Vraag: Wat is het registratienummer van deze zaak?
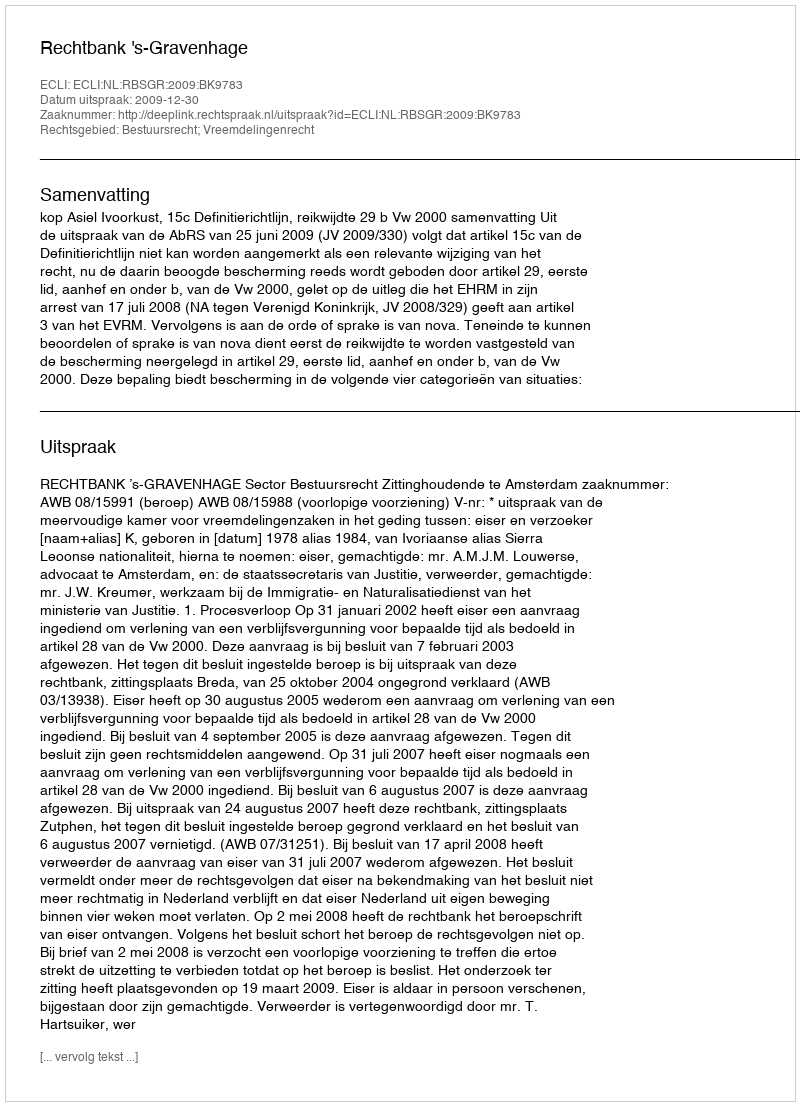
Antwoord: http://deeplink.rechtspraak.nl/uitspraak?id=ECLI:NL:RBSGR:2009:BK9783